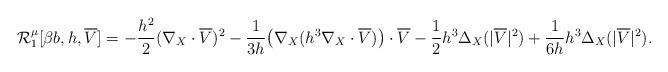
LaTeX: \begin{align*}\mathcal{R}_1^{\mu}[\beta b, h, \overline{V}] = - \frac{h^2}{2} (\nabla_X \cdot \overline{V})^2 - \frac{1}{3h}\big{(}\nabla_X(h^3 \nabla_X \cdot \overline{V})\big{)} \cdot \overline{V} - \frac{1}{2}h^3\Delta_X(|\overline{V}|^2) + \frac{1}{6h} h^3 \Delta_X (|\overline{V}|^2).\end{align*}